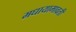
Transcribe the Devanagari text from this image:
मधायामावती